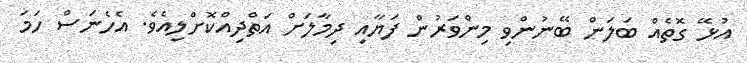
އުޅޭ ގޮތެއް ބަލަން ބޭނުންވި މިންވަރުން ފަޔާއި ދިމާލަށް އަތްދިއްކޮށްލިއެވެ. އެހެނަސް ހަމަ